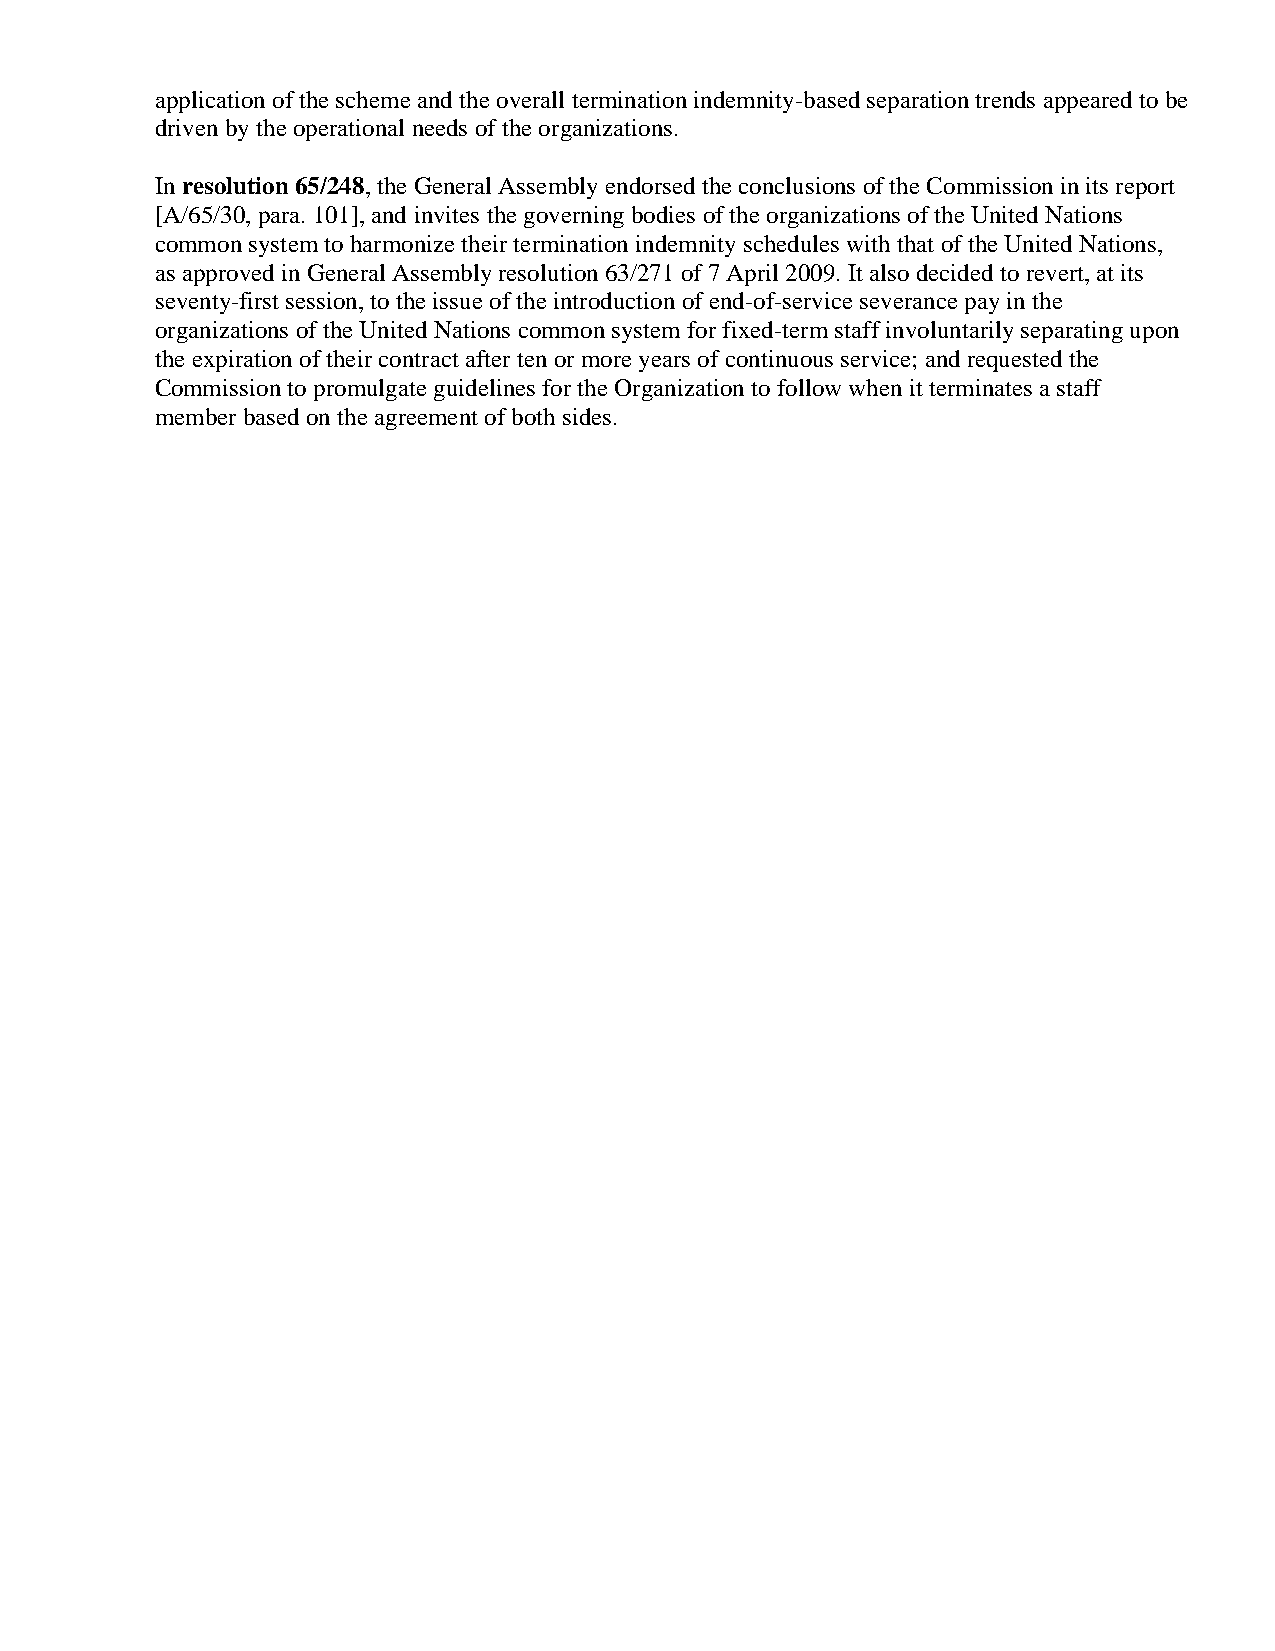
application of the scheme and the overall termination indemnity-based separation trends appeared to be
 driven by the operational needs of the organizations.
 In resolution 65/248, the General Assembly endorsed the conclusions of the Commission in its report
 [A/65/30, para. 101], and invites the governing bodies of the organizations of the United Nations
 common system to harmonize their termination indemnity schedules with that of the United Nations,
 as approved in General Assembly resolution 63/271 of 7 April 2009. It also decided to revert, at its
 seventy-first session, to the issue of the introduction of end-of-service severance pay in the
 organizations of the United Nations common system for fixed-term staff involuntarily separating upon
 the expiration of their contract after ten or more years of continuous service; and requested the
 Commission to promulgate guidelines for the Organization to follow when it terminates a staff
 member based on the agreement of both sides.